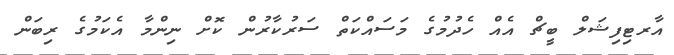
އާރޓިފިޝަލް ބީޗް އެއް ހެދުމުގެ މަސައްކަތް ސަރުކާރުން ކޮށް ނިންމާ އެކަމުގެ ރިބަން